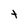
Character: t